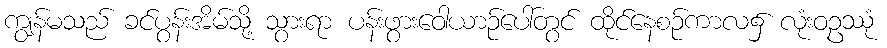
ကျွန်မသည် ခင်ပွန်းအိမ်သို့ သွားရာ ပန်းဖွားဝေါယာဉ်ပေါ်တွင် ထိုင်နေစဉ်ကာလ၌ လုံးဝဥဿုံ